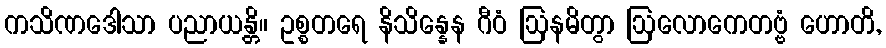
ကသိဏဒေါသာ ပညာယန္တိ။ ဥစ္စတရေ နိသိန္နေန ဂီဝံ ဩနမိတွာ ဩလောကေတဗ္ဗံ ဟောတိ,